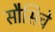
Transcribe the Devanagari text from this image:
सौसिचे